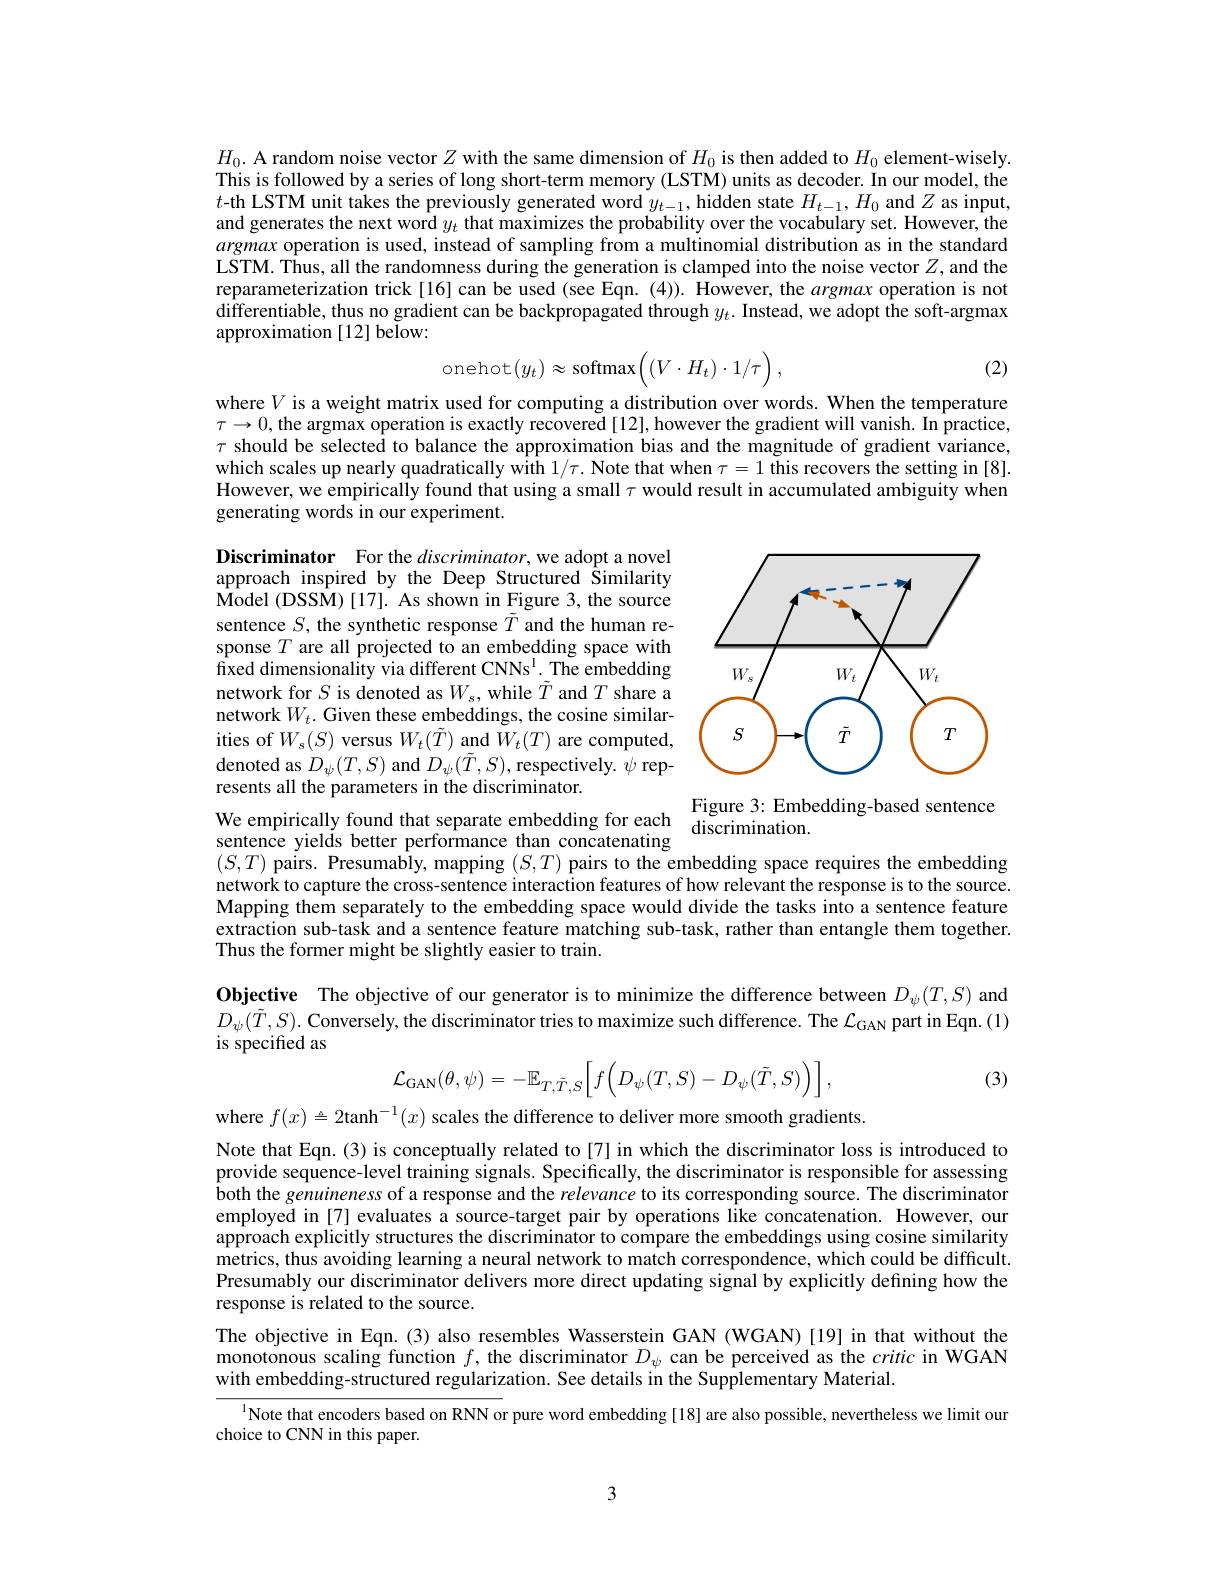
$H_0.$ A random noise vector $Z$ with the same dimension of $H_0$ is then added to $H_0$ element-wisely This is followed by a series of long short-term memory (LSTM) units as decoder. In our model, the $t$-th LSTM unit takes the previously generated word $y_t-1$, hidden state $H_t-1,H_0$ and $Z$ as input, and generates the next word $y_t$ that maximizes the probability over the vocabulary set. However, the argmax operation is used, instead of sampling from a multinomial distribution as in the standard LSTM. Thus, all the randomness during the generation is clamped into the noise vector $Z$, and the reparameterization trick[16] can be used (see Eqn. (4)). However, the argmax operation is not differentiable, thus no gradient can be backpropagated through $y_t.$ Instead, we adopt the soft-argmax approximation [12] below:
$$\text{onehot}(y_t)\approx\text{softmax}\Big((V\cdot H_t)\cdot1/\tau\Big)\:,$$
(2)

where $V$ is a weight matrix used for computing a distribution over words. When the temperature $\tau\to0$, the argmax operation is exactly recovered [12], however the gradient will vanish. In practice, $\tau$ should be selected to balance the approximation bias and the magnitude of gradient variance, which scales up nearly quadratically with $1/\tau.$ Note that when $\tau=1$ this recovers the setting in[8]. However, we empirically found that using a small $\tau$ would result in accumulated ambiguity when generating words in our experiment.

<FigureHere>

Discriminator For the $discriminator$,we adopt a novel approach inspired by the Deep Structured $\hat{\text{Similarity}}$ Model (DSSM)[17]. As shown in Figure 3, the source sentence $S$, the synthetic response $\tilde{T}$ and the human response $T$ are all projected to an embedding space with fixed dimensionality via different CNNs$^{\mathrm{l}}.$ The embedding network for $S$ is denoted as $W_s$, while $\tilde T$ and $T$ share a network $W_t.$ Given these embeddings, the cosine similarities of $W_{s}(S)$ versus $W_{t}(\tilde{T})$ and $W_{t}(T)$ are computed, denoted as $D_\psi(T,S)$ and $D_\psi(\tilde{T},S)$,respectively. $\psi$ represents all the parameters in the discriminator.

Figure 3: Embedding-based sentence
discrimination.

We empirically found that separate embedding for each

sentence yields better performance than concatenating
$( S, T)$ pairs. Presumably, mapping $( S, T)$ pairs to the embedding space requires the embedding network to capture the cross-sentence interaction features of how relevant the response is to the source Mapping them separately to the embedding space would divide the tasks into a sentence feature extraction sub-task and a sentence feature matching sub-task, rather than entangle them together Thus the former might be slightly easier to train.

Objective The objective of our generator is to minimize the difference between $D_\psi(T,S)$ and $D_{\psi}(\tilde{T},S).$ Conversely, the discriminator tries to maximize such difference. The $\mathcal{L}_{\mathrm{GAN}}$ part in Eqn.(1) is specified as
$$\mathcal{L}_{\mathrm{GAN}}(\theta,\psi)=-\mathbb{E}_{T,\tilde{T},S}\bigg[f\bigg(D_{\psi}(T,S)-D_{\psi}(\tilde{T},S)\bigg)\bigg],$$
(3)

where $f(x)\triangleq2\text{tanh}^{-1}(x)$ scales the difference to deliver more smooth gradients
Note that Eqn.(3) is conceptually related to[7] in which the discriminator loss is introduced to provide sequence-level training signals. Specifically, the discriminator is responsible for assessing both the genuineness of a response and the relevance to its corresponding source. The discriminator employed in [7] evaluates a source-target pair by operations like concatenation. However, our approach explicitly structures the discriminator to compare the embeddings using cosine similarity metrics, thus avoiding learning a neural network to match correspondence, which could be difficult Presumably our discriminator delivers more direct updating signal by explicitly defining how the response is related to the source.

The objective in Eqn.(3) also resembles Wasserstein GAN (WGAN)[19] in that without the

monotonous scaling function $f$, the discriminator $D_\psi$ can be perceived as the critic in WGAN

with embedding-structured regularization. See details in the Supplementary Material.

$^{1}$Note that encoders based on RNN or pure word embedding [18] are also possible, nevertheless we limit our
choice to CNN in this paper.

3